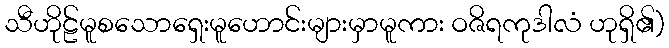
သီဟိုဠ်မူစသောရှေးမူဟောင်းများမှာမူကား ဝဇိရကုဒါလံ ဟုရှိ၏)